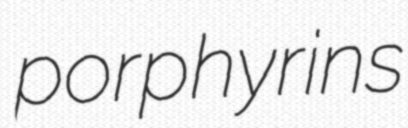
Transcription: porphyrins